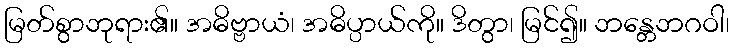
မြတ်စွာဘုရား၏။ အဓိဗ္ဗာယံ၊ အဓိပ္ပာယ်ကို။ ဒိတွာ၊ မြင်၍။ ဘန္တေဘဂဝါ၊